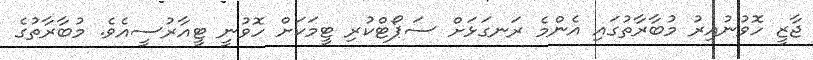
ޖާޒީ ހޮވުނުއިރު މުބާރާތުގައި އެންމެ ރަނގަޅަށް ސަޕޯޓްކުރި ޓީމަކަށް ހޮވުނީ ޓީއާރުސީއެވެ. މުބާރާތުގެ